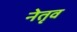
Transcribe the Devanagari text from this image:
नेतृव